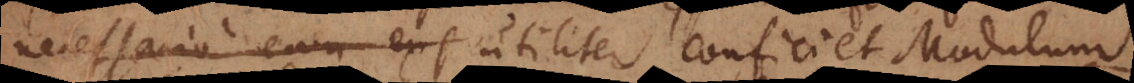
necessario eam exs utiliter conficiet Modulum